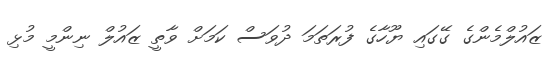
ޒައުލްމެންގެ ގޭގައި ޔޫހާގެ ފުރަތަމަ ދުވަސް ކަމަށް ވާތީ ޒައުލް ނިންމީ މުޅި